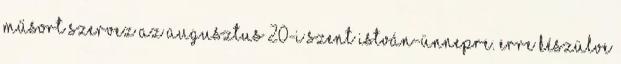
műsort szervez az augusztus 20-i Szent István-ünnepre. Erre készülve